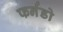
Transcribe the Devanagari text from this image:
फर्नंडो